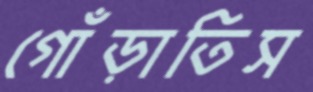
গোঁড়াতিস